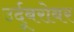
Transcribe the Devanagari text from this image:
उर्दूबरोबर